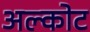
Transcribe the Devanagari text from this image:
अल्कोट